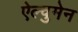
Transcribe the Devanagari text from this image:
ऐल्वुमेन